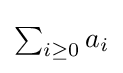
{\textstyle \sum _{i\geq 0}a_{i}}